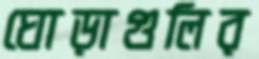
ঘোড়াগুলির